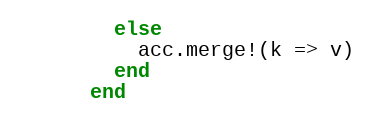
Language: Ruby
        else
          acc.merge!(k => v)
        end
      end